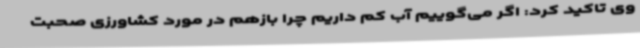
وی تاکید کرد: اگر می‌گوییم آب کم داریم چرا بازهم در مورد کشاورزی صحبت